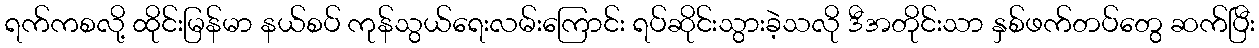
ရက်ကစလို့ ထိုင်းမြန်မာ နယ်စပ် ကုန်သွယ်ရေးလမ်းကြောင်း ရပ်ဆိုင်းသွားခဲ့သလို ဒီအတိုင်းသာ နှစ်ဖက်တပ်တွေ ဆက်ပြီး